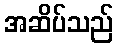
အဆိပ်သည်